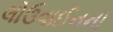
લોઉવાઈનની